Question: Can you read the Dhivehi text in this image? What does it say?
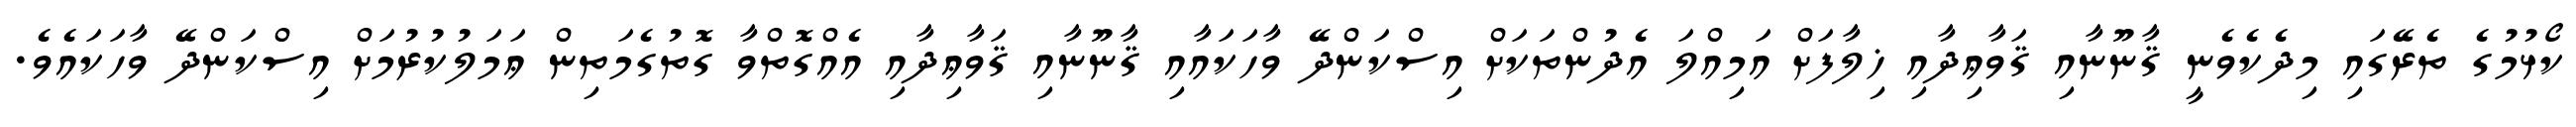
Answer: ކޯޅުމުގެ ތެރޭގައި މިދެކެވެނީ ޤާނޫނާއި ޤަވާޢިދާއި ޚިލާފަށް އަމިއްލަ އެދުންތަކަށް އިސްކަންދޭ ވާހަކައާއި ޤާނޫނާއި ޤަވާޢިދާއި އެއްގޮތްވާ ގޮތުގެމަތިން ޢަމަލުކުރުމަށް އިސްކަންދޭ ވާހަކައެވެ.